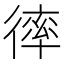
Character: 𢕑